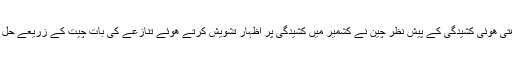
پاک-بھارت بڑھتی ھوئی کشیدگی کے پیش نظر چین نے کشمیر میں کشیدگی پر اظہار تشویش کرتے ھوئے تنازعے کی بات چیت کے زریعے حل پر زور دیا ہے۔